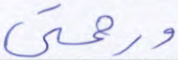
ورحمتي